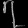
Digit: ၇